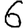
Digit: 6